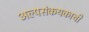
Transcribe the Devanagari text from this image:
अल्पसंकयकाची